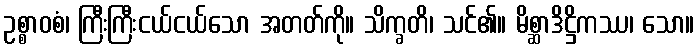
ဥစ္စာဝစံ၊ ကြီးကြီးငယ်ငယ်သော အတတ်ကို။ သိက္ခတိ၊ သင်၏။ မိစ္ဆာဒိဋ္ဌိကဿ၊ သော။